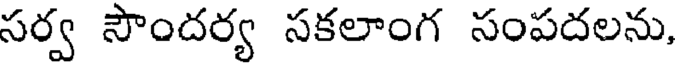
సర్వ సౌందర్య సకలాంగ సంపదలను,